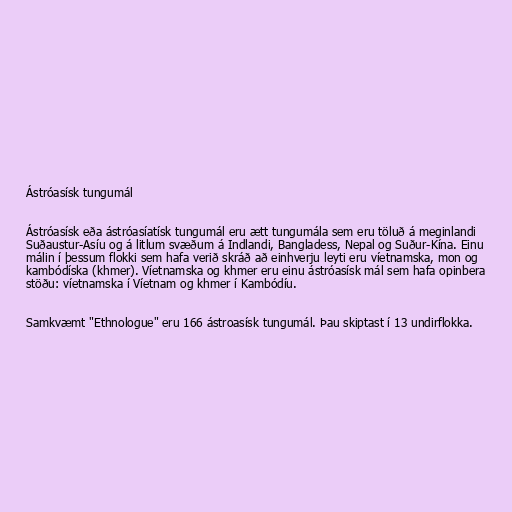
Ástróasísk tungumál

Ástróasísk eða ástróasíatísk tungumál eru ætt tungumála sem eru töluð á meginlandi
Suðaustur-Asíu og á litlum svæðum á Indlandi, Bangladess, Nepal og Suður-Kína. Einu
málin í þessum flokki sem hafa verið skráð að einhverju leyti eru víetnamska, mon og
kambódíska (khmer). Víetnamska og khmer eru einu ástróasísk mál sem hafa opinbera
stöðu: víetnamska í Víetnam og khmer í Kambódíu.

Samkvæmt "Ethnologue" eru 166 ástroasísk tungumál. Þau skiptast í 13 undirflokka.